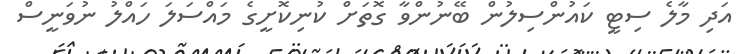
އަދި މާލެ ސިޓީ ކައުންސިލުން ބޭނުންވާ ގޮތަށް ކުނިކޮށީގެ މައްސަލަ ހައްލު ނުވަނީސް